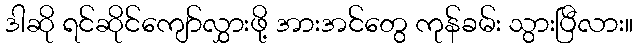
ဒါဆို ရင်ဆိုင်ကျော်လွှားဖို့ အားအင်တွေ ကုန်ခမ်း သွားပြီလား။